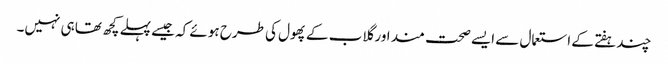
چند ہفتے کے استعمال سے ایسے صحت مند اور گلاب کے پھول کی طرح ہوئے کہ جیسے پہلے کچھ تھا ہی نہیں۔